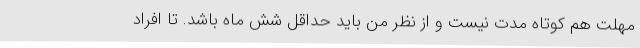
مهلت هم کوتاه مدت نیست و از نظر من باید حداقل شش ماه باشد. تا افراد